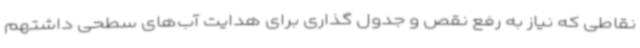
نقاطی که نیاز به رفع نقص و جدول گذاری برای هدایت آب‌های سطحی داشتهم